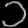
Digit: ၁